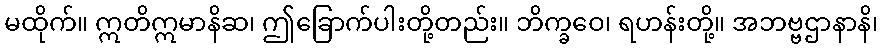
မထိုက်။ ဣတိဣမာနိဆ၊ ဤခြောက်ပါးတို့တည်း။ ဘိက္ခဝေ၊ ရဟန်းတို့။ အဘဗ္ဗဌာနာနိ၊